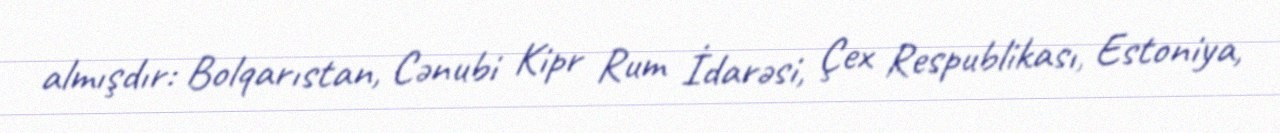
almışdır: Bolqarıstan, Cənubi Kipr Rum İdarəsi, Çex Respublikası, Estoniya,